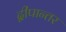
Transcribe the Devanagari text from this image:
द्वीपान्तर